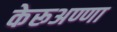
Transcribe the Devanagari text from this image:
केरूअण्णा